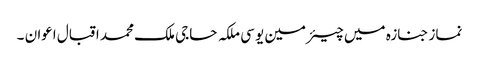
نماز جنازہ میں چیئرمین یو سی ملکہ حاجی ملک محمد اقبال اعوان ۔